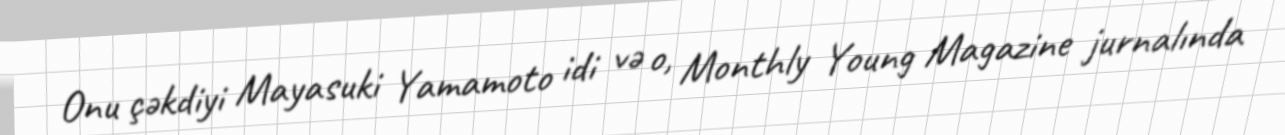
Onu çəkdiyi Mayasuki Yamamoto idi və o, Monthly Young Magazine jurnalında